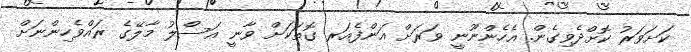
ކަށަވަރު ކޮށްދެވިގެން. އެހެންނޫނީ ވަރަށް އަންފެއަރ ގޮތަކަށް ވާނީ އަސްލު މާލޭގެ ރައްވެހިންނަށް